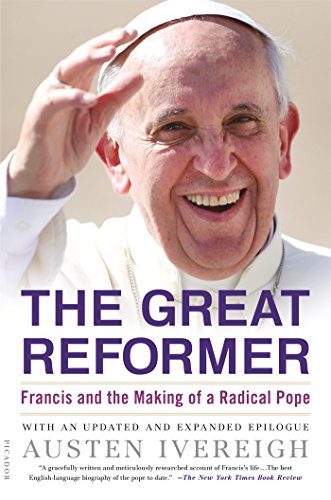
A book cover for The Great Reformer: Francis and the Making of a Radical Pope; Austen Ivereigh; Biographies & Memoirs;